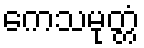
ကေသမုတ္တံ